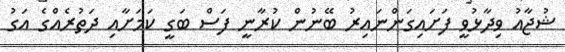
ޝުޖާއު ވިދާޅުވީ ފަށައިގަންނައިރު ބޭނުން ކުރާނީ ފަސް ބަގީ ކަމަށާއި ދަތުރެއްގެ އަގު